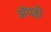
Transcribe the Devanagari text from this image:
अॅपही